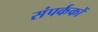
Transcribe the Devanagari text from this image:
संपर्ककों